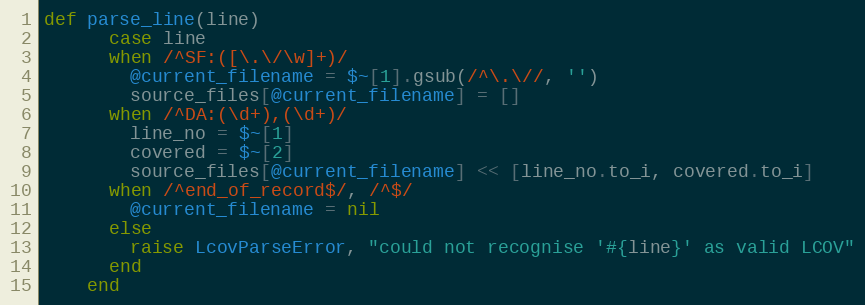
Language: Ruby
def parse_line(line)
      case line
      when /^SF:([\.\/\w]+)/
        @current_filename = $~[1].gsub(/^\.\//, '')
        source_files[@current_filename] = []
      when /^DA:(\d+),(\d+)/
        line_no = $~[1]
        covered = $~[2]
        source_files[@current_filename] << [line_no.to_i, covered.to_i]
      when /^end_of_record$/, /^$/
        @current_filename = nil
      else
        raise LcovParseError, "could not recognise '#{line}' as valid LCOV"
      end
    end